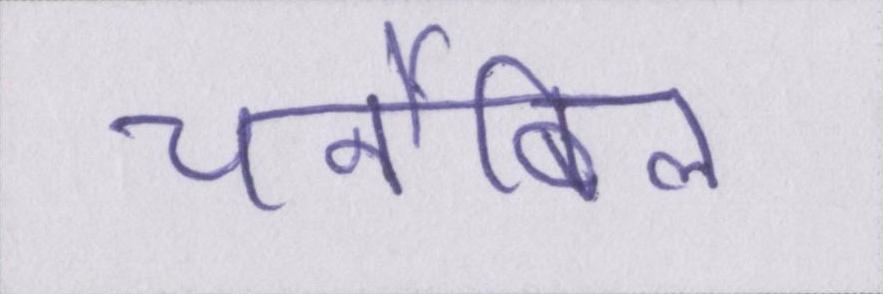
चर्नोबिल